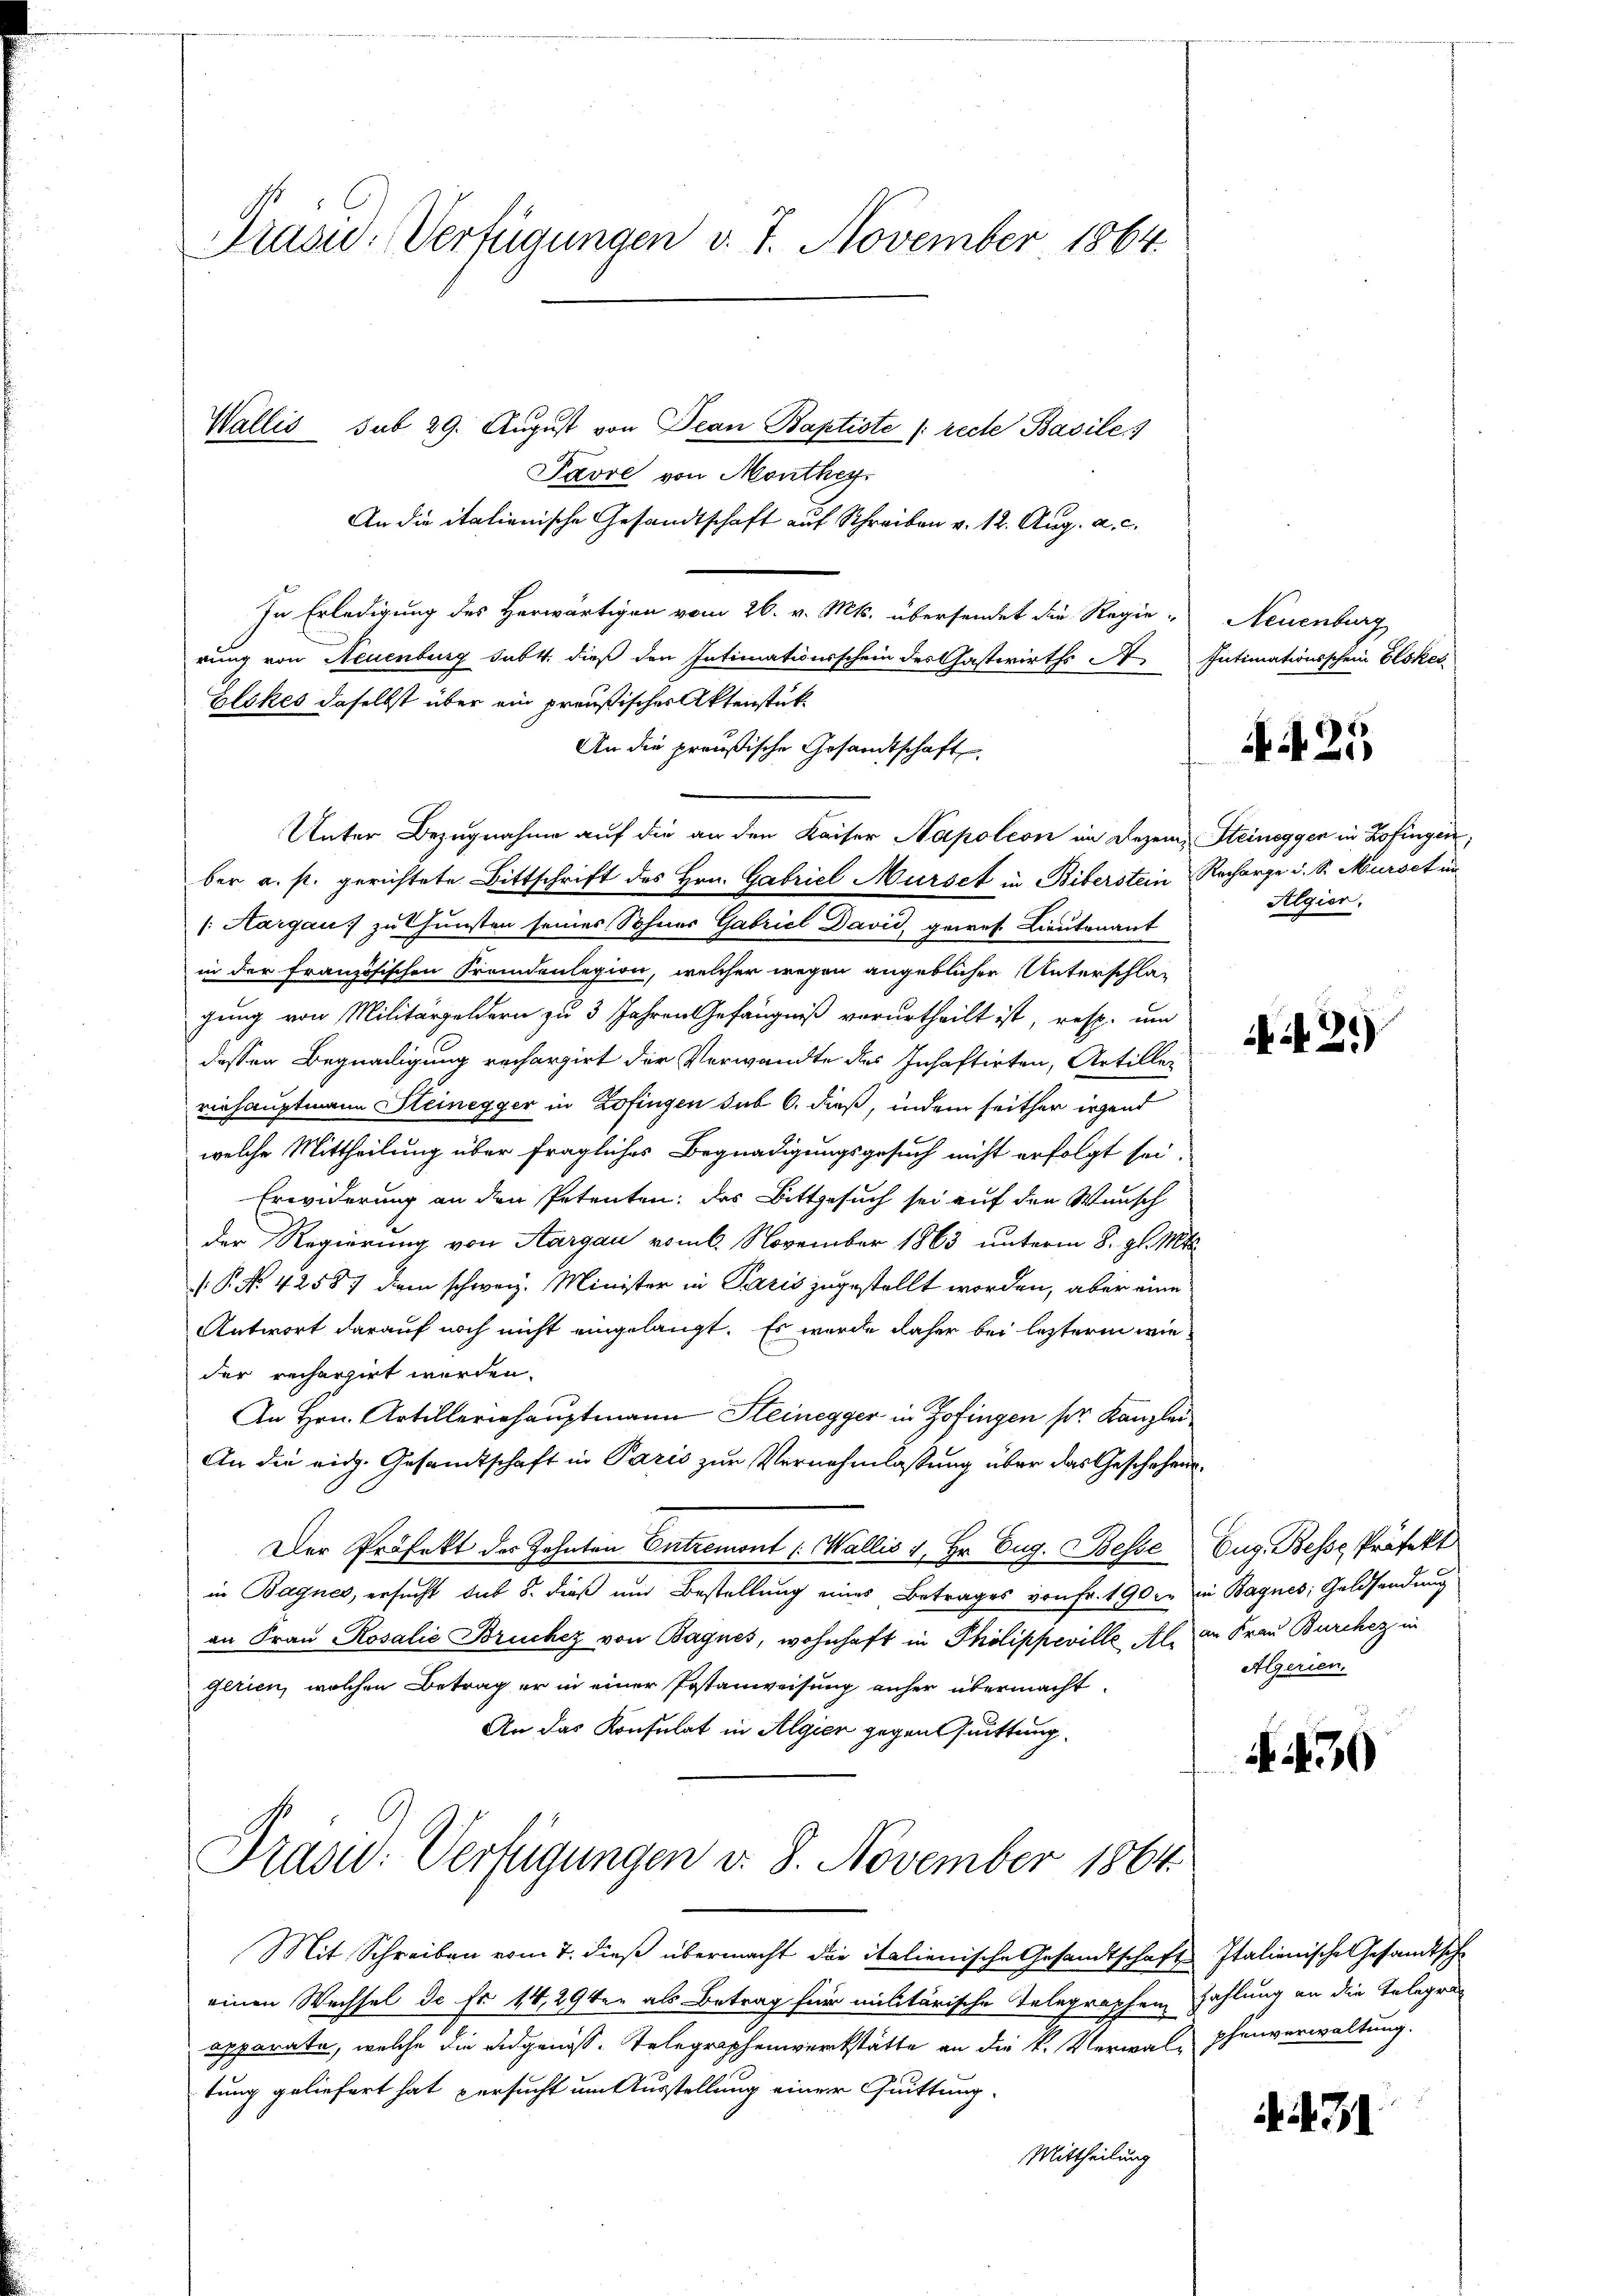
Präsid.. Verfügungen v. 7. November 1864.

Wallis sub 29. August von Jean Baptiste [recte Basile,
Pavre von Monthey
An die italienische Gesandtschaft auf Schreiben v. 12. Aug. a. c.
In Erledigung des Herwärtigen vom 26. v. Mts. übersendet die Regie- Neuenburg
rung von Neuenburg sabt. dieß den Intimationsschein des Gastwirths A. Intimationsschein Elsket
Elckes daselbst über ein preußischer Aktenstük
An die preußische Gesandtschaft
Unter Bezugnahme auf die an den Kaiser Napoleon im Dezem Steineggen in Zofingen,
ber a. s. gerichtete Bittschrift des Hrn. Gabriel Mürset in Biberstein Recharge u. S. Mursch in
(Aargau zu thunsten seines Sohner Gabriel David, gewes. Lieutenant
in der französischen Frandenlegion, welcher wegen angeblicher Unterschlagung von Militärgeldern zu 3 Jahren Gefängniß verurtheilt ist, resp. um
dessen Begnadigung rechargirt der Verwandte des Inhaftirten, Artiller
riehauptmann Steinegger in Zofingen sub 6. dieß, indem seither irgend
welche Mittheilung über fragliches Begnadigungsgesuch nicht erfolgt sei.
Erwiderung an den Petenten: das Bittgesuch sei auf den Wunsch
der Regierung von Aargau vom 6. November 1863 unterm 8. gl. Mts.
/. P. Nr. 42587 dem schweiz. Minister in Paris zugestellt worden, aber eine
Antwort darauf noch nicht eingelangt. Es wurde daher bei lezterm wieder recherzirt werden.
An Hrn. Artilleriehauptmann Steinegger in Zofingen pr. Kanzlei
An die eidg. Gesandtschaft in Paris zur Vernehmlassung über das Geschehen¬
Der Präfekt der Zahnten Entremont (Wallis u. Hr. Eug. Besse Aug. Besse Präfekt
in Bagnes, ersucht sub 8. dieß und Bestellung eines Betrages von Fr. 190 xr in Bagnes; Geldsendung
an Frau Rosalie Bruchez von Bagnes, wohnhaft in Philippeville, Al. an Frau Burcher in
gerien, welchen Betrag er in einer Postanweisung anher übermacht.
An das Konsulat in Algien gegen Quittung.
Präsid.: Verfügungen v. 8. November 1864
Mit Schreiben vom 7. dieß übermacht die italienische Gesandtschaft Italienische Gesandtsche
einen Wechsel de fr. 14, 29ten als Betrag für militärische Telegraphen Zahlung an die Telegraapparate, welche die eidgenöss. Telegraphenwerkstätte an die k. Verwal-phenverwaltung.
tung geliefert hat versucht um Ausstellung einer Quittung-
Mittheilung

25

Algier.

2.)

Algerien.

30

71